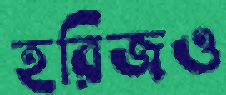
হরিজও